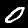
Digit: 0